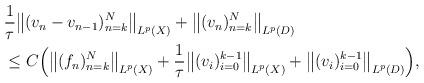
LaTeX: \begin{align*}\begin{aligned}&\frac{1}{\tau}\big\|(v_n-v_{n-1} )_{n=k}^N\big\|_{ L^p(X)} + \big\|(v_n )_{n=k}^N\big\|_{ L^p(D)} \\&\le C\Big(\big\|(f_n)_{n=k}^N\big\|_{ L^p(X)} +\frac{1}{\tau}\big\|(v_i)_{i=0}^{k-1}\big\|_{ L^p(X)} + \big\|(v_i )_{i=0}^{k-1}\big\|_{ L^p(D)} \Big) ,\end{aligned}\end{align*}